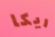
ريكا